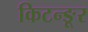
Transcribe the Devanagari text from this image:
किटन्ङूर